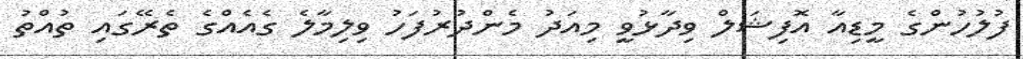
ފުލުހުންގެ މީޑިއާ އޮފިޝަލް ވިދާޅުވީ މިއަދު މެންދުރުފަހު ވިލިމާލެ ގެއެއްގެ ތެރޭގައި ތުއްތު